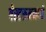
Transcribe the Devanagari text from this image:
गेस्टरूममध्ये